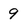
Character: 9